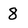
Character: 8